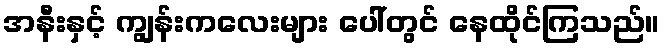
အနီးနှင့် ကျွန်းကလေးများ ပေါ်တွင် နေထိုင်ကြသည်။